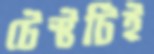
টেস্টটিই